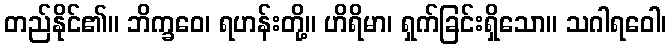
တည်နိုင်၏။ ဘိက္ခဝေ၊ ရဟန်းတို့။ ဟိရိမာ၊ ရှက်ခြင်းရှိသော။ သဂါရဝေါ၊